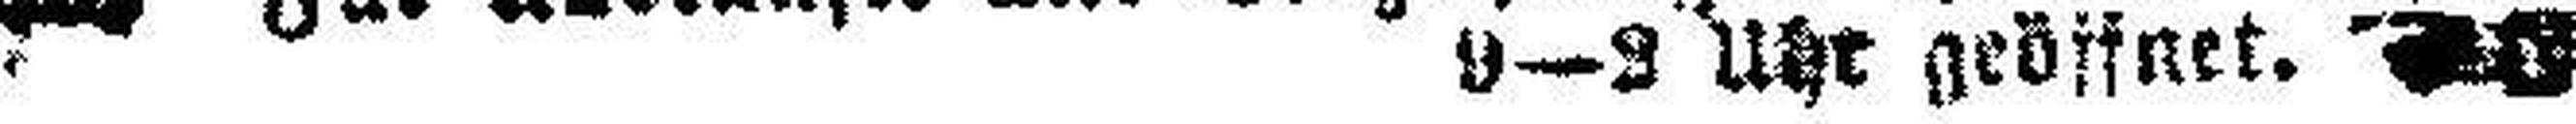
9—9 Uhr geöffnet.